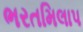
ભરતમિલાપ